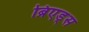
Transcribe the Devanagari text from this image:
ब्रिएड्स